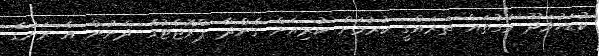
ކުޑަހުވަދޫ މަގުތައް ތަރައްގީ ކުރުމަށް ކުރިއަށް ގެންދާ ޕްރޮޖެޓުގެ ދަށުން އެ ރަށުގެ